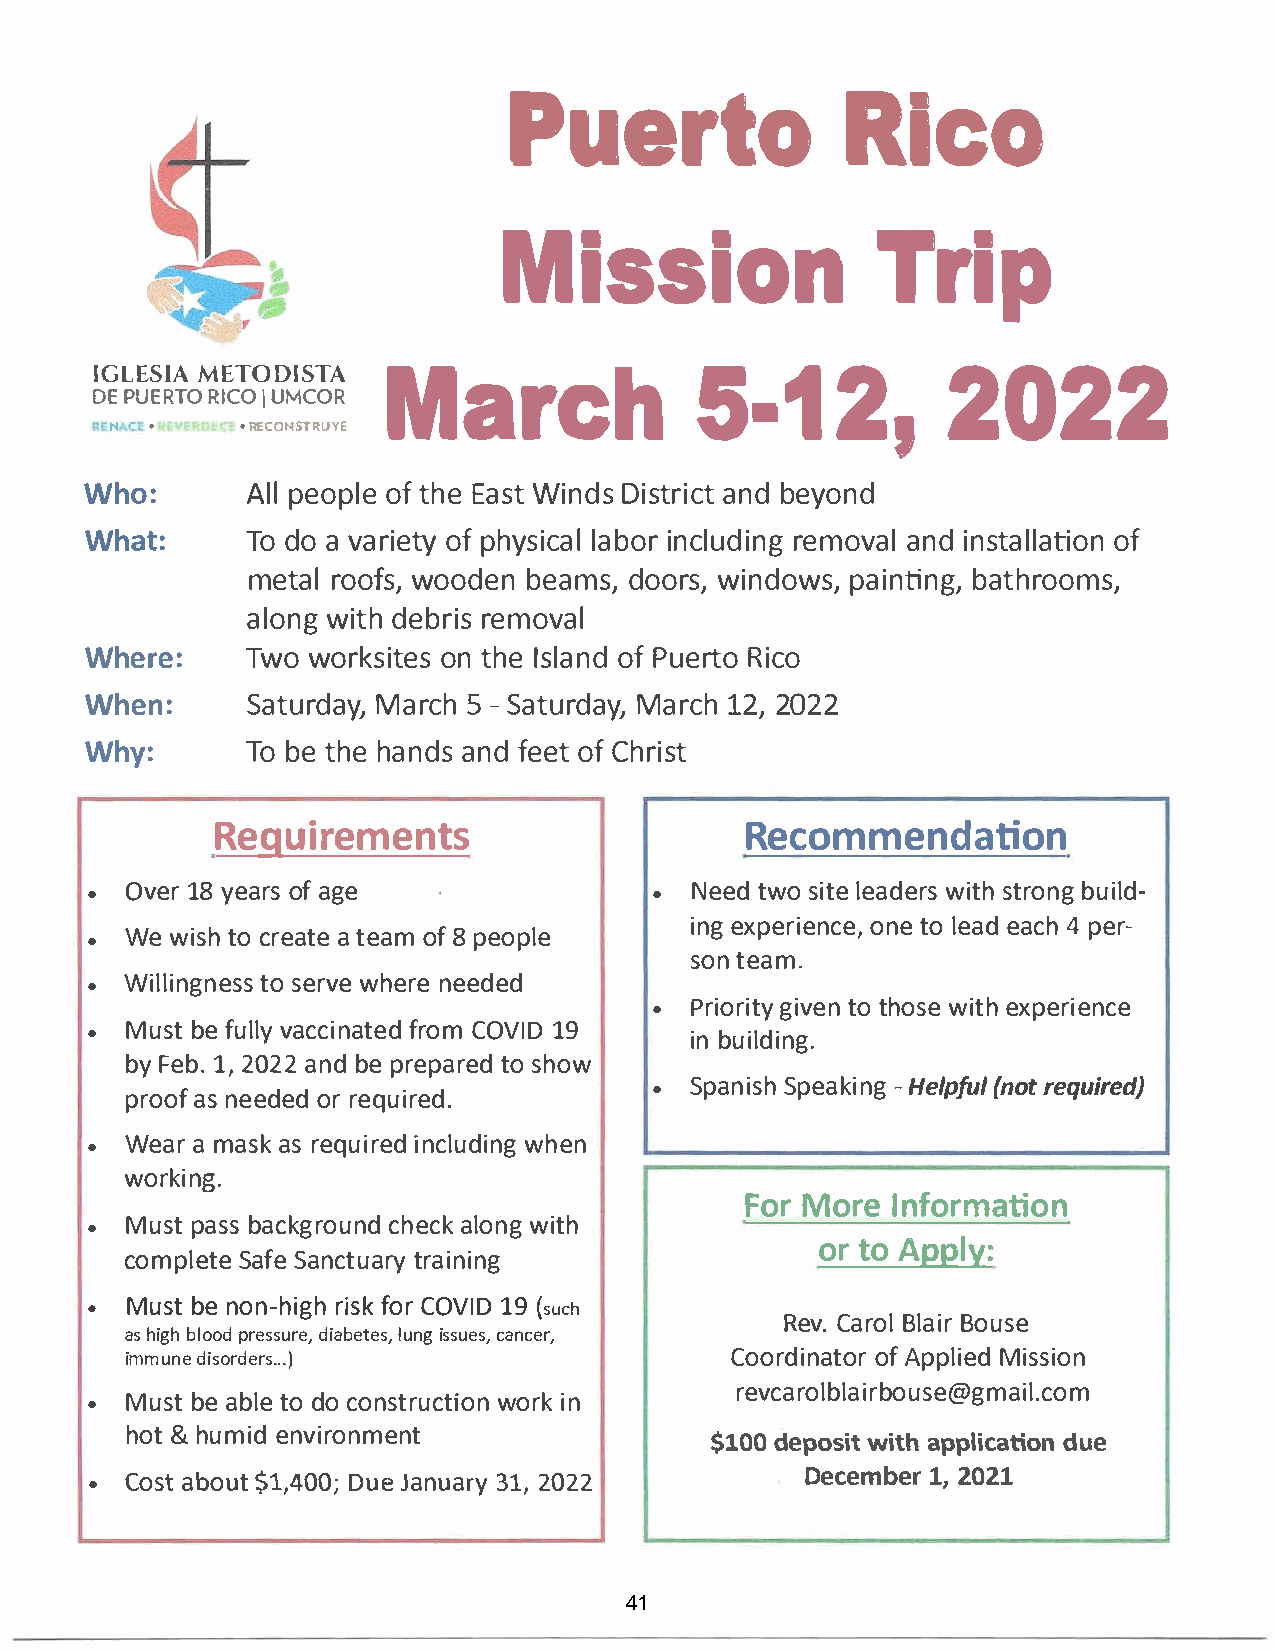
PuerRtioc                                   o
 MissTiroinp
 IGLESIMAE TODISTA   Mar5c-h1                            220,2                  2
 DEP UERTROI CIUO M COR
 N  •     •R ECONST !UY£
 Who:      Alple  oopftl heEe a Wsitn Ddiss atnrbdie cyto nd
 What:T      od oav aroifpeh tsyyi lcaablio nrc lruedmionavgnai dln staolfl ation
 metal         roobfesa,md  sow,oow roisdn,ed npo awisn,bti antgh,r ooms,
 alownigdt   ehb rreimso val
 WhereT:     wwoo   rkosnit  thIeess l oafPn ude Rritcoo
 When:S      atuMradra5cy   Sh,-a tuMradra1cy2h,2, 0 22
 Why:      Tob  et hhea nadnsfd e oefCt h rist
 RequirementsR                         ecommendation
 • Ove1r8y  eaorfas g e               •  Neetdws oi lteea dweirststh r bounigl d­
 inegx peroinetenol c eeea,ad c4 ph e r­
 • Wew  isthoc reaa tteoe fa8p m e ople
 sotne  am.
 • Willitnosg   enrewvshese n reee ded
 •  Priogriivtteotyn h owsieet xhp erience
 • Musbtef  uvlalcyc ifnraoCtmOe Vd1I 9D
 ibn uilding.
 byF e1b2,.0 2a2nb dep reptaosr heodw
 •  SpanSipseha  -kHienlgp(f nuolt required)
 proaosnf e edoerrd e quired.
 • Weaamr  a saksr equiinrcielndwug hd en
 working.
 ForM  orInef   ormation
 • Muspta  bsasc kgcrhoeuacnlkdow nigt h
 ort  oA pply:
 compSlaeSftaeen  ctturiaanriyn g
 • Musbten  on-rhiifsgoCkhrO V1I9D
 (such
 RevC.a rBollaB ioru se
 ash igbhl oporde ssduieratebe,ls u,ni gs sues, cancer,
 immudnies o.r).d.e rs                   Codoinraort ofA pplMiiesds ion
 revcarbrooulsbel@agimail.com
 • Musbtea  btlode o c onstrwuocritkni on
 ho&th  umeindv  ironment
 $100d epsoit with applciatiodnu e
 • Coasbto  $u1t, 4D0uJ0ea; n u3a12r,0y 2 2     Decemb1e,2r 0 21
 41